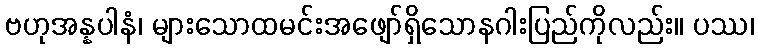
ဗဟုအန္နပါနံ၊ များသောထမင်းအဖျော်ရှိသောနဂါးပြည်ကိုလည်း။ ပဿ၊